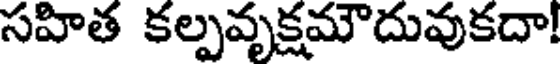
సహిత కల్పవృక్షమౌదువుకదా!